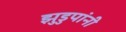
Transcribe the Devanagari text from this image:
झुडुपांनी